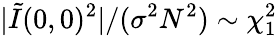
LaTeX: |\tilde{I}(0,0)^{2}|/(\sigma^{2}N^{2})\sim\chi_{1}^{2}